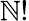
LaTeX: \mathbb{N}!